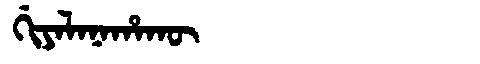
Manchu: ᡤᡳᠶᠠᠯᠠᠨᠠᡥᠠᡴᡡ
Romanization: GIYALANAHAKŪ